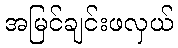
အမြင်ချင်းဖလှယ်